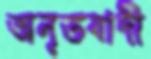
অনৃতবাদী